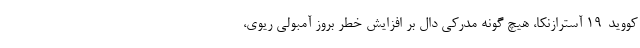
کووید-19 آسترازنکا، هیچ گونه مدرکی دال بر افزایش خطر بروز آمبولی ریوی،